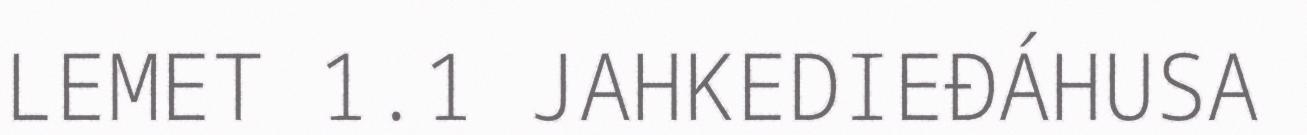
LEMET 1.1 JAHKEDIEĐÁHUSA